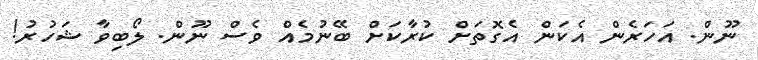
ނޫން. އަހަރެން އެކަން އެގޮތަށް ކުރާކަށް ބޭނުމެއް ވެސް ނޫން. ލޯބިވާ ޝަހުރު!